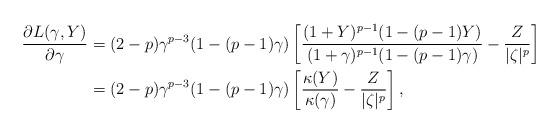
LaTeX: \begin{align*} \frac{\partial L(\gamma,Y)}{\partial \gamma}&=(2-p)\gamma^{p-3}(1-(p-1)\gamma)\left[\frac{(1+Y)^{p-1}(1-(p-1)Y)}{(1+\gamma)^{p-1}(1-(p-1)\gamma)}-\frac{Z}{|\zeta|^p}\right]\\ &=(2-p)\gamma^{p-3}(1-(p-1)\gamma)\left[\frac{\kappa(Y)}{\kappa(\gamma)}-\frac{Z}{|\zeta|^p}\right], \end{align*}